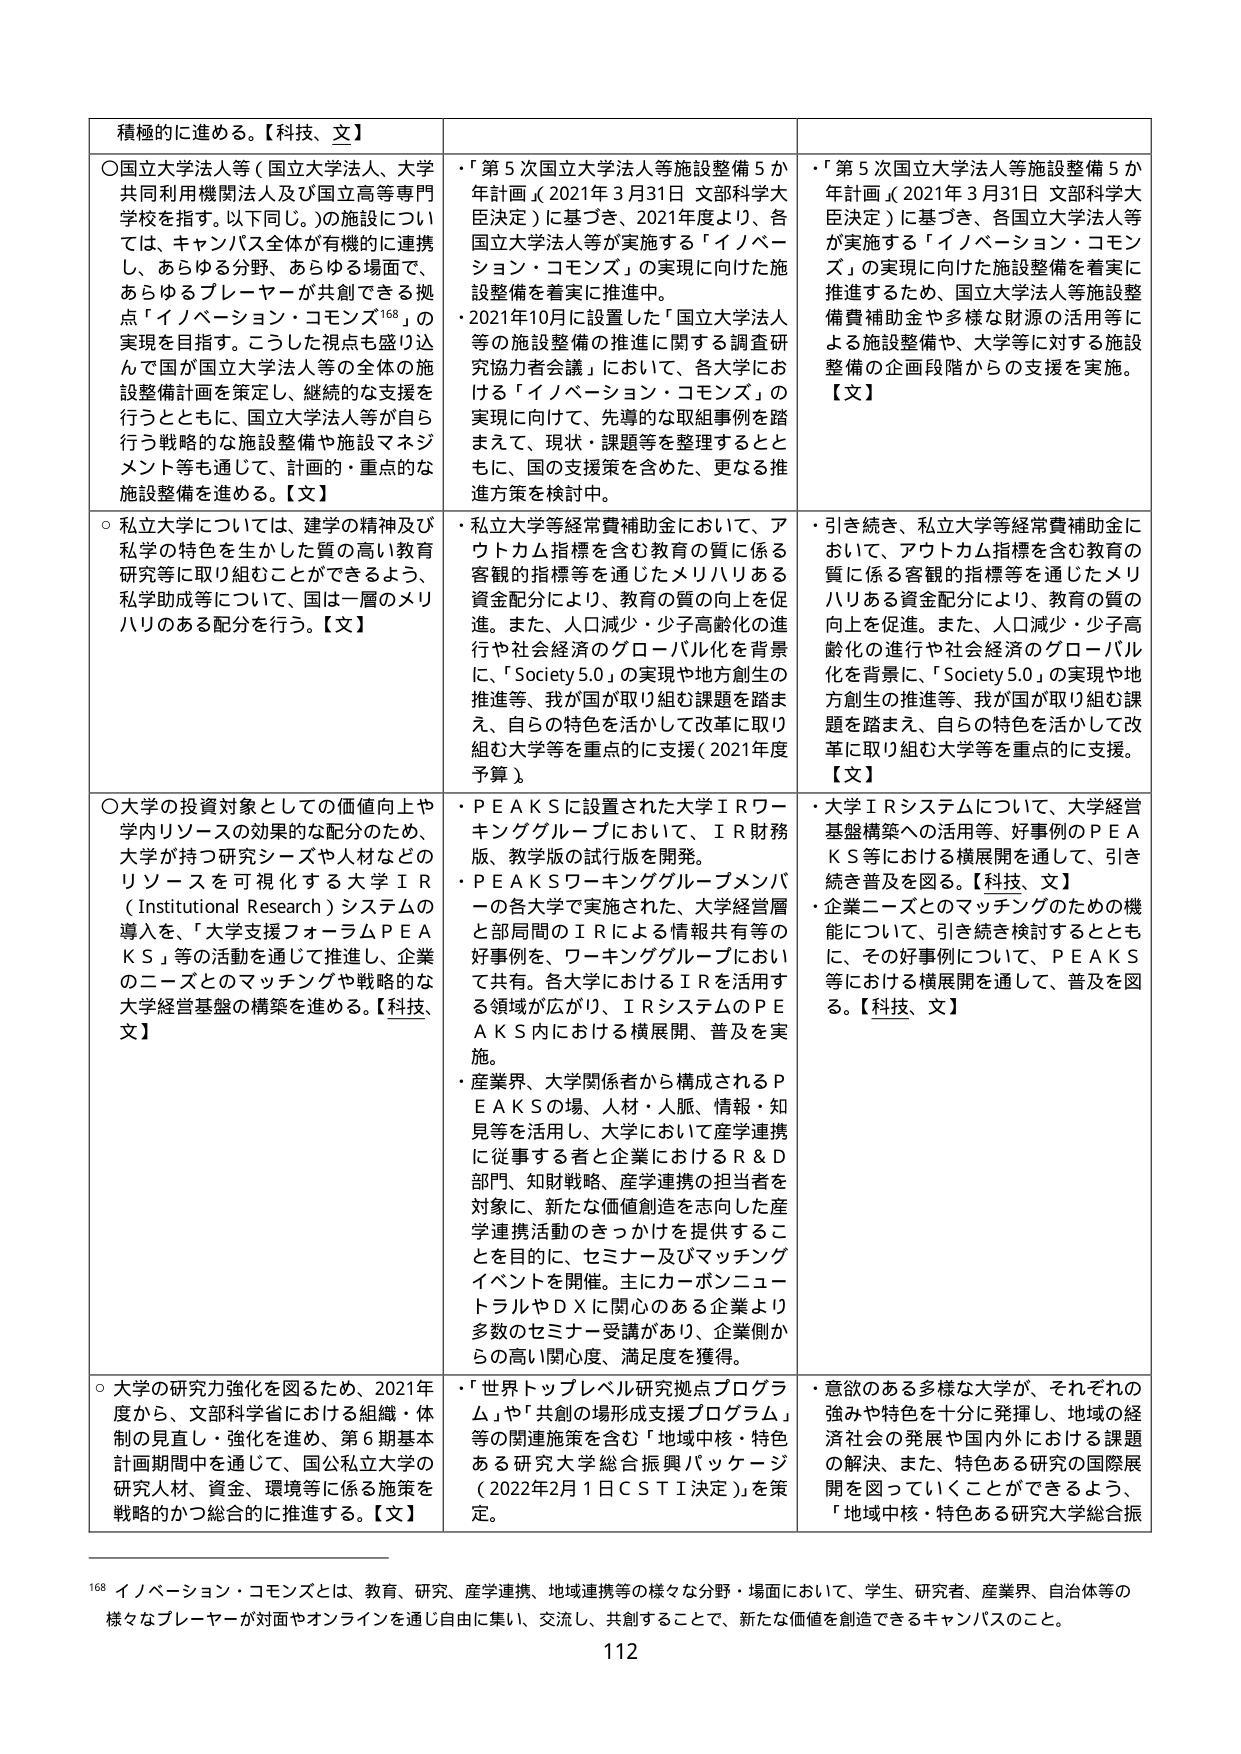
積極的に進める。【科技、文】

○国立大学法人等（国立大学法人、大学共同利用機関法人及び国立高等専門学校を指す。以下同じ。）の施設については、キャンパス全体が有機的に連携し、あらゆる分野、あらゆる場面で、あらゆるプレイヤーが共創できる拠点「イノベーション・コモンズ¹⁶⁸」の実現を目指す。こうした視点も盛り込んで国が国立大学法人等の全体の施設整備計画を策定し、継続的な支援を行うとともに、国立大学法人等が自ら行う戦略的な施設整備や施設マネジメント等も通じて、計画的・重点的な施設整備を進める。【文】

○私立大学については、建学の精神及び私学の特色を生かした質の高い教育研究等に取り組むことができるよう、私学助成等について、国は一層のメリハリのある配分を行う。【文】

○大学の投資対象としての価値向上や学内リソースの効果的な配分のため、大学が持つ研究シーズや人材などのリソースを可視化する大学ＩＲ（Institutional Research）システムの導入を、「大学支援フォーラムＰＥＡＫＳ」等の活動を通じて推進し、企業のニーズとのマッチングや戦略的な大学経営基盤の構築を進める。【科技、文】

○大学の研究力強化を図るため、2021年度から、文部科学省における組織・体制の見直し・強化を進め、第6期基本計画期間中を通じて、国公私立大学の研究人材、資金、環境等に係る施策を戦略的かつ総合的に推進する。【文】

・「第5次国立大学法人等施設整備5か年計画」（2021年3月31日 文部科学大臣決定）に基づき、2021年度より、各国立大学法人等が実施する「イノベーション・コモンズ」の実現に向けた施設整備を着実に推進中。

・2021年10月に設置した「国立大学法人等の施設整備の推進に関する調査研究協力者会議」において、各大学における「イノベーション・コモンズ」の実現に向けた、先導的な取組事例を踏まえて、現状・課題等を整理するとともに、国の支援策を含めた、更なる推進方策を検討中。

・私立大学等経常費補助金において、アウトカム指標を含む教育の質に係る客観的指標等を通じたメリハリある資金配分により、教育の質の向上を促進。また、人口減少・少子高齢化の進行や社会経済のグローバル化を背景に、「Society 5.0」の実現や地方創生の推進等、我が国が取り組む課題を踏まえ、自らの特色を活かして改革に取り組む大学等を重点的に支援（2021年度予算）。

・ＰＥＡＫＳに設置された大学ＩＲワーキンググループにおいて、ＩＲ財務版、教学版の試行版を開発。

・ＰＥＡＫＳワーキンググループメンバーの各大学で実施された、大学経営層と部局間のＩＲによる情報共有等の好事例を、ワーキンググループにおいて共有。各大学におけるＩＲを活用する領域が広がり、ＩＲシステムのＰＥＡＫＳ内における横展開、普及を実施。

・産業界、大学関係者から構成されるＰＥＡＫＳの場、人材・人脈、情報・知見等を活用し、大学において産学連携に従事する者と企業におけるＲ＆Ｄ対象に、新たな価値創造を志向した産学連携活動のきっかけを提供することを目的に、セミナー及びマッチングイベントを開催。主にカーボンニュートラルやＤＸに関心のある企業より多数のセミナー受講があり、企業側からの高い関心度、満足度を獲得。

・「世界トップレベル研究拠点プログラム」や「共創の場形成支援プログラム」等の関連施策を含む「地域中核・特色ある研究大学総合振興パッケージ（2022年2月1日ＣＳＴＩ決定）」を策定。

・「第5次国立大学法人等施設整備5か年計画」（2021年3月31日 文部科学大臣決定）に基づき、各国立大学法人等が実施する「イノベーション・コモンズ」の実現に向けた施設整備を着実に推進するため、国立大学法人等施設整備費補助金や多様な財源の活用等による施設整備や、大学等に対する施設整備の企画段階からの支援を実施。【文】

・引き続き、私立大学等経常費補助金において、アウトカム指標を含む教育の質に係る客観的指標等を通じたメリハリある資金配分により、教育の質の向上を促進。また、人口減少・少子高齢化の進行や社会経済のグローバル化を背景に、「Society 5.0」の実現や地方創生の推進等、我が国が取り組む課題を踏まえ、自らの特色を活かして改革に取り組む大学等を重点的に支援。【文】

・大学ＩＲシステムについて、大学経営基盤構築への活用等、好事例のＰＥＡＫＳ等における横展開を通して、引き続き普及を図る。【科技、文】

・企業ニーズとのマッチングのための機能について、引き続き検討するとともに、その好事例について、ＰＥＡＫＳ等における横展開を通して、普及を図る。【科技、文】

・意欲のある多様な大学が、それぞれの強みや特色を十分に発揮し、地域の経済社会の発展や国内外における課題の解決、また、特色ある研究の国際展開を図っていくことができるよう、「地域中核・特色ある研究大学総合振

¹⁶⁸ イノベーション・コモンズとは、教育、研究、産学連携、地域連携等の様々な分野・場面において、学生、研究者、産業界、自治体等の様々なプレイヤーが対面やオンラインを通じ自由に集い、交流し、共創することで、新たな価値を創造できるキャンパスのこと。

112